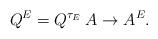
LaTeX: \begin{align*}Q^E=Q^{\tau_E}\:A\to A^E.\end{align*}